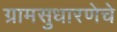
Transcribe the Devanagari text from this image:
ग्रामसुधारणेचे